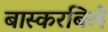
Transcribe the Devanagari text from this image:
बास्करबिले